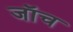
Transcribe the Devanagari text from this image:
जाॅच